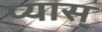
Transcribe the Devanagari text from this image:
प्यास्